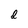
Character: d